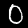
Digit: 0